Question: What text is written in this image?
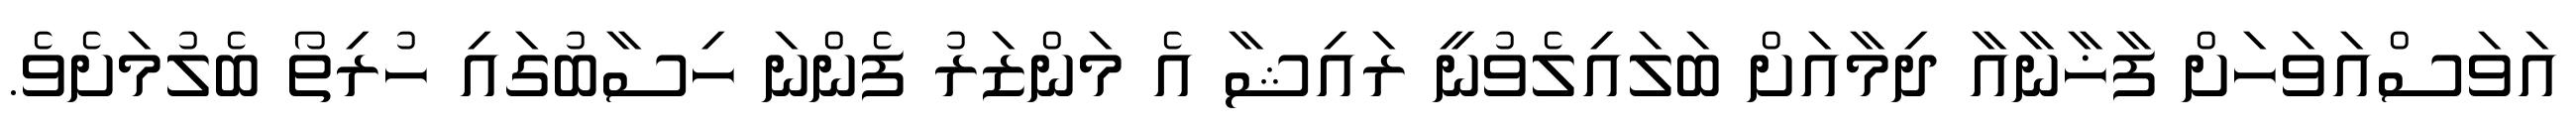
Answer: އަވަސްއަވަހަށް ފާޚާނާއާ ދިމާއަށް ބަލައިލެވުނީ ރައިޝާ އެ މަންޒަރު ފެންނަ ހިސާބުގައި ހުރިތޯ ބެލުމަށެވެ.